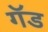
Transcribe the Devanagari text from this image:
गॅड